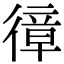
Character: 𢕔